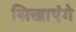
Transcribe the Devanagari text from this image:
सिखाएंगे